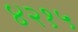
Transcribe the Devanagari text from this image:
४२१५